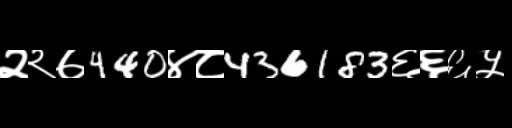
Text: २२७440४८436183६६६५